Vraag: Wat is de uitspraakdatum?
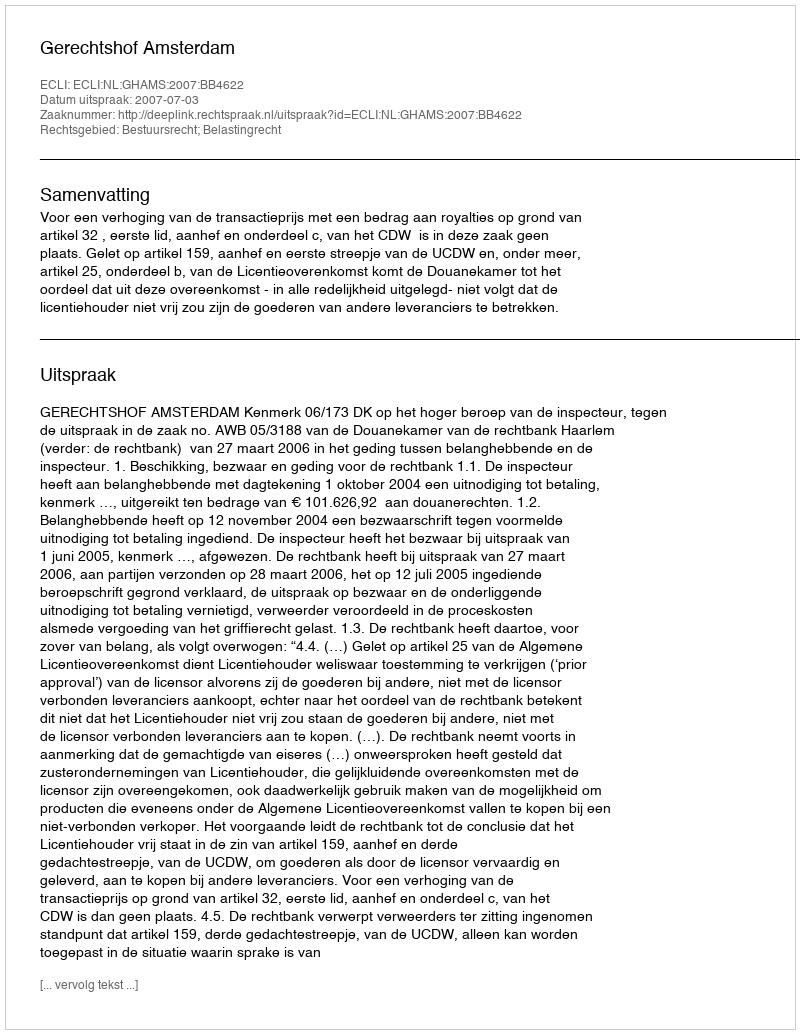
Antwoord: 2007-07-03